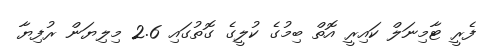
ފެރީ ޓާމިނަލް ކައިރީ އޮތް ބިމުގެ ކުލީގެ ގޮތުގައި 2.6 މިލިޔަން ރުފިޔާ